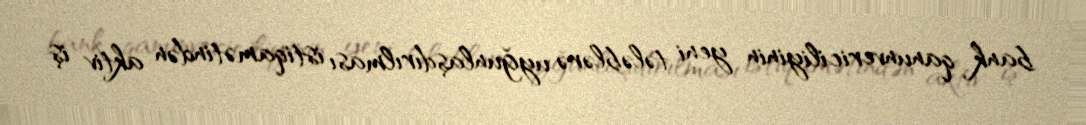
bank qanunvericiliyinin yeni tələblərə uyğunlaşdırılması istiqamətindən aktiv iş